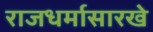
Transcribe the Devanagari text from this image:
राजधर्मासारखे